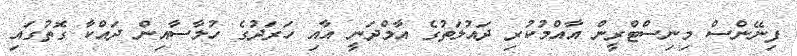
ފިނޭންސް މިނިސްޓްރީން އާއްމުކުރި ދައުލަތުގެ އާމްދަނީ އާއި ހަރަދުގެ ހުލާސާއިން ދައްކާ ގޮތުގައި